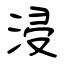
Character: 浸